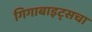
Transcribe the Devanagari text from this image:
गिगाबाइट्सचा